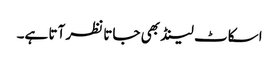
اسکاٹ لینڈ بھی جاتا نظر آتا ہے۔